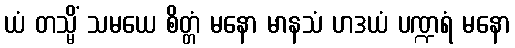
ယံ တသ္မိံ သမယေ စိတ္တံ မနော မာနသံ ဟဒယံ ပဏ္ဍရံ မနော